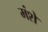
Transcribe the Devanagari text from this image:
मंशे